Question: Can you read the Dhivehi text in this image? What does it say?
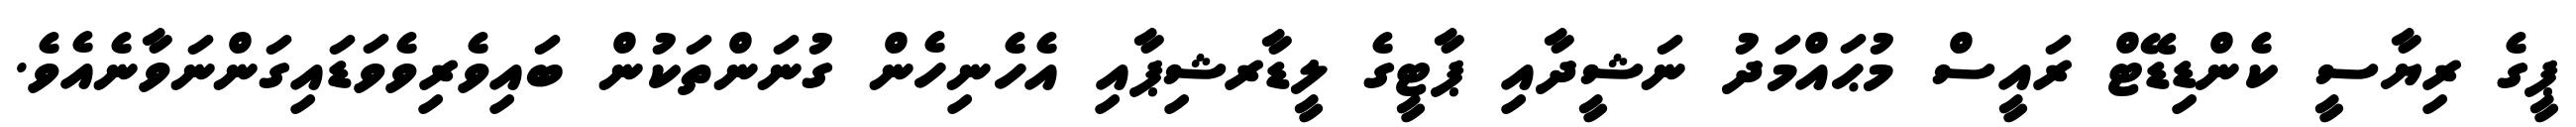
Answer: ޕީގެ ރިޔާސީ ކެންޑިޑޭޓް ރައީސް މުޙައްމަދު ނަޝީދާއި ޕާޓީގެ ލީޑާރޝިޕާއި އެހެނިހެން ގުނަންތަކުން ބައިވެރިވެވަޑައިގަންނަވާނެއެވެ.